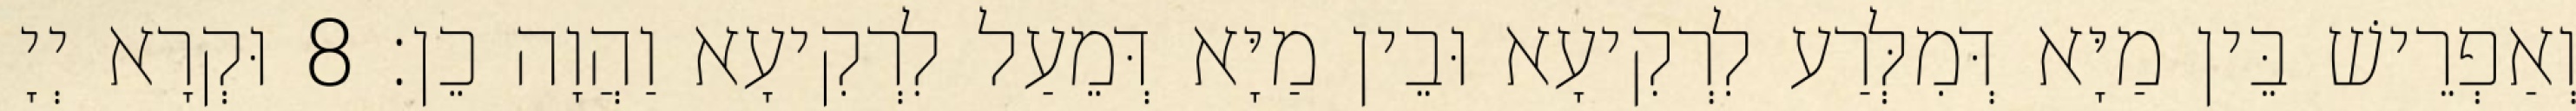
וְאַפְרֵישׁ בֵּין מַיָּא דְּמִלְּרַע לִרְקִיעָא וּבֵין מַיָּא דְּמֵעַל לִרְקִיעָא וַהֲוָה כֵן׃ 8 וּקְרָא יְיָ